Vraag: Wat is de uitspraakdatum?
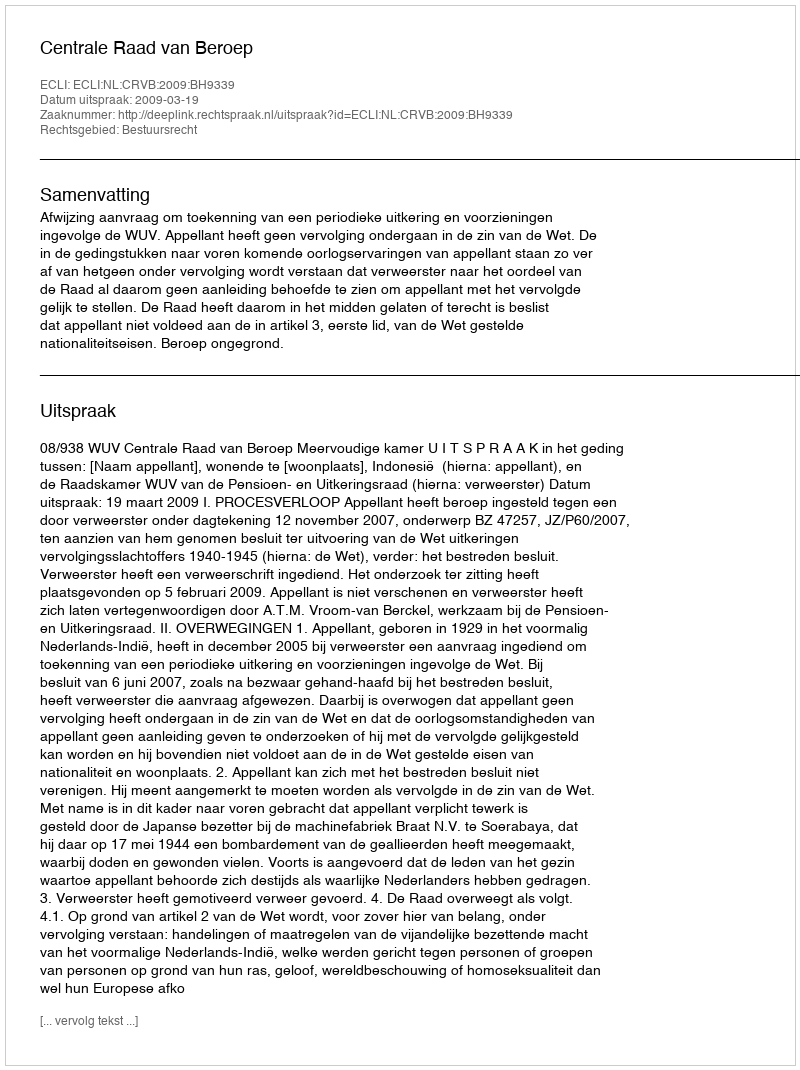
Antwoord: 2009-03-19